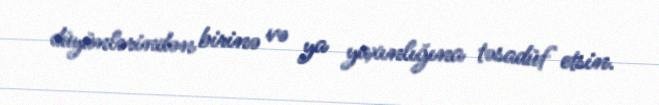
düyünlərindən birinə və ya yaxınlığına təsadüf etsin.